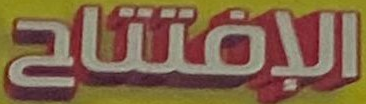
الإفتتاح